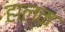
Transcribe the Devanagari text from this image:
हाल्क